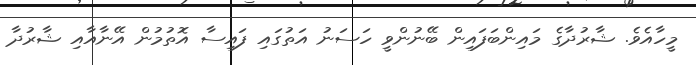
މީހާއެވެ. ޝާރުދާގެ މައިންބަފައިން ބޭނުންވީ ހަސަނު އަތުގައި ފައިސާ އޮތުމުން އޭނާއާއި ޝާރުދާ